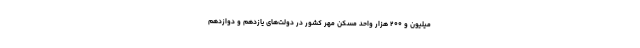
میلیون و ۲۰۰ هزار واحد مسکن مهر کشور در دولت‌های یازدهم و دوازدهم